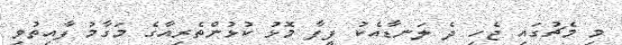
މި މެޗުގައި ޖެހި ދެ ލަނޑާއެކު ފީފާ މޮޅު ކުޅުންތެރިއާގެ މަގާމު ފާއިތުވި